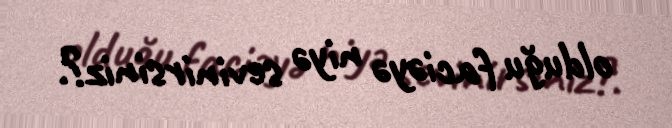
olduğu faciəyə niyə sevinirsiniz?.